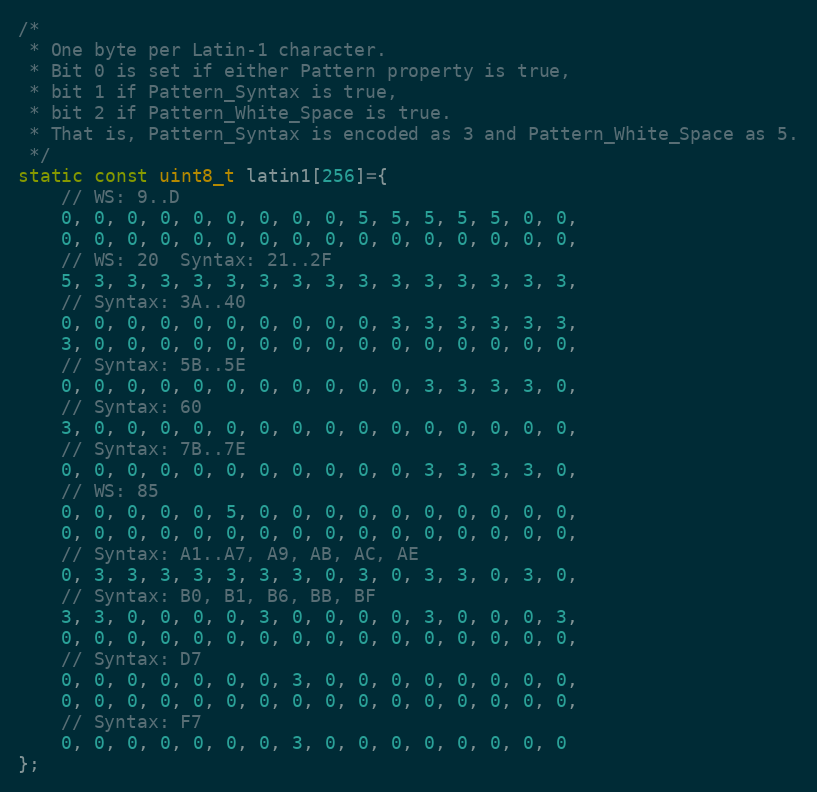
Language: C++
/*
 * One byte per Latin-1 character.
 * Bit 0 is set if either Pattern property is true,
 * bit 1 if Pattern_Syntax is true,
 * bit 2 if Pattern_White_Space is true.
 * That is, Pattern_Syntax is encoded as 3 and Pattern_White_Space as 5.
 */
static const uint8_t latin1[256]={
    // WS: 9..D
    0, 0, 0, 0, 0, 0, 0, 0, 0, 5, 5, 5, 5, 5, 0, 0,
    0, 0, 0, 0, 0, 0, 0, 0, 0, 0, 0, 0, 0, 0, 0, 0,
    // WS: 20  Syntax: 21..2F
    5, 3, 3, 3, 3, 3, 3, 3, 3, 3, 3, 3, 3, 3, 3, 3,
    // Syntax: 3A..40
    0, 0, 0, 0, 0, 0, 0, 0, 0, 0, 3, 3, 3, 3, 3, 3,
    3, 0, 0, 0, 0, 0, 0, 0, 0, 0, 0, 0, 0, 0, 0, 0,
    // Syntax: 5B..5E
    0, 0, 0, 0, 0, 0, 0, 0, 0, 0, 0, 3, 3, 3, 3, 0,
    // Syntax: 60
    3, 0, 0, 0, 0, 0, 0, 0, 0, 0, 0, 0, 0, 0, 0, 0,
    // Syntax: 7B..7E
    0, 0, 0, 0, 0, 0, 0, 0, 0, 0, 0, 3, 3, 3, 3, 0,
    // WS: 85
    0, 0, 0, 0, 0, 5, 0, 0, 0, 0, 0, 0, 0, 0, 0, 0,
    0, 0, 0, 0, 0, 0, 0, 0, 0, 0, 0, 0, 0, 0, 0, 0,
    // Syntax: A1..A7, A9, AB, AC, AE
    0, 3, 3, 3, 3, 3, 3, 3, 0, 3, 0, 3, 3, 0, 3, 0,
    // Syntax: B0, B1, B6, BB, BF
    3, 3, 0, 0, 0, 0, 3, 0, 0, 0, 0, 3, 0, 0, 0, 3,
    0, 0, 0, 0, 0, 0, 0, 0, 0, 0, 0, 0, 0, 0, 0, 0,
    // Syntax: D7
    0, 0, 0, 0, 0, 0, 0, 3, 0, 0, 0, 0, 0, 0, 0, 0,
    0, 0, 0, 0, 0, 0, 0, 0, 0, 0, 0, 0, 0, 0, 0, 0,
    // Syntax: F7
    0, 0, 0, 0, 0, 0, 0, 3, 0, 0, 0, 0, 0, 0, 0, 0
};